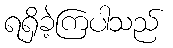
ရရှိခဲ့ကြပါသည်